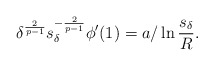
\begin{align*}\delta^{\frac{2}{p-1}}s_\delta^{-\frac{2}{p-1}}\phi'(1)=a/\ln\frac{s_\delta}{R}.\end{align*}